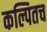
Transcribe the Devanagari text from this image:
कल्पितच